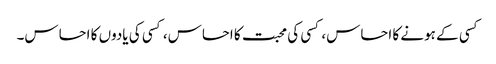
کسی کے ہونے کا احساس، کسی کی محبت کا احساس، کسی کی یادوں کا احساس۔